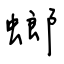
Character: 螂